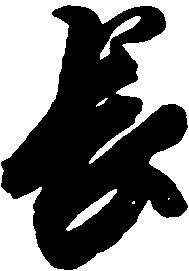
長